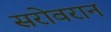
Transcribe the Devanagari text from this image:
सरोवरान